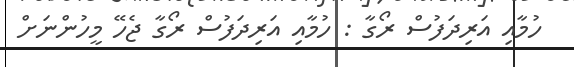
ހުމާއި އަރިދަފުސް ރޯގާ : ހުމާއި އަރިދަފުސް ރޯގާ ޖެހޭ މީހުންނަށް